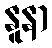
နူနာ